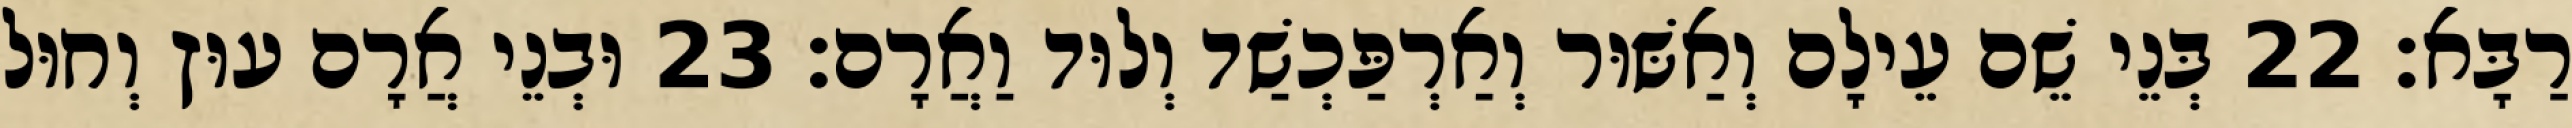
רַבָּא׃ 22 בְּנֵי שֵׁם עֵילָם וְאַשּׁוּר וְאַרְפַּכְשַׁד וְלוּד וַאֲרָם׃ 23 וּבְנֵי אֲרָם עוּץ וְחוּל